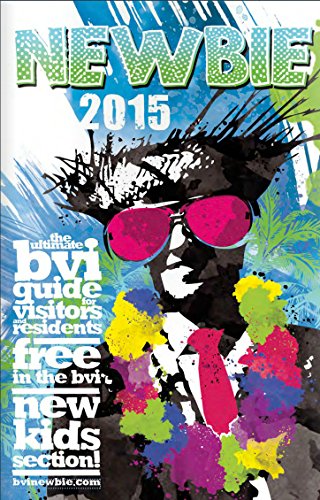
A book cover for British Virgin Islands Newbie 2015; Traci O'Dea; Travel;